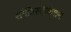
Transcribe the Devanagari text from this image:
सॉफ़िस्टीकेशन